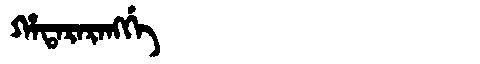
Manchu: ᡥᠠᡨᠠᡵᠠᡵᠠᠩᡤᡝ
Romanization: HATARARANGGE